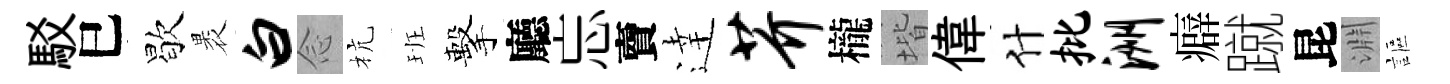
駁巳歇褁白𫝹杭班擊廳忘𧶠逹芥櫳堦偉什批洲癖蹴昆淵謳